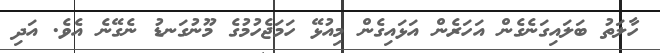
ހާލަތު ބަލައިގަނެގެން އަހަރެން އަޅައިގެން މިއުޅޭ ހަމަޖެހުމުގެ މޫނުގަނޑު ނެގޭނެ އެވެ. އަދި